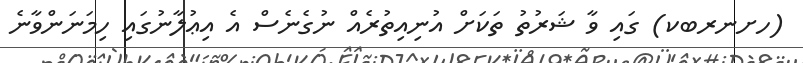
(ހށނރބކ) ގައި ވާ ޝަރުތު ތަކަށް އުނިއިތުރެއް ނުގެނެސް އެ އިޢުލާނުގައި ހިމަނަންވާނެ